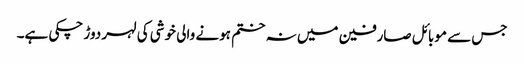
جس سے موبائل صارفین میں نہ ختم ہونے والی خوشی کی لہر دوڑ چکی ہے۔